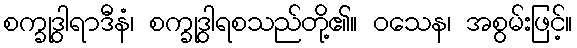
စက္ခုဒွါရာဒီနံ၊ စက္ခုဒွါရစသည်တို့၏။ ဝသေန၊ အစွမ်းဖြင့်။